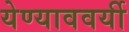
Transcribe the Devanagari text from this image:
येण्याववर्यी